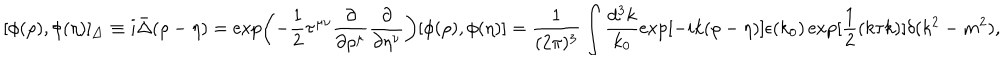
LaTeX: [ \phi ( \rho ) , \phi ( \eta ) ] _ { \bigtriangleup } \equiv i { \bar { \Delta } } ( \rho - \eta ) = \exp \biggl ( - \frac { 1 } { 2 } \tau ^ { \mu \nu } \frac { \partial } { \partial \rho ^ { \mu } } \frac { \partial } { \partial \eta ^ { \nu } } \biggr ) [ \phi ( \rho ) , \phi ( \eta ) ] = \frac { 1 } { ( 2 \pi ) ^ { 3 } } \int \frac { d ^ { 3 } k } { k _ { 0 } } \exp [ - i k ( \rho - \eta ) ] \epsilon ( k _ { 0 } ) \exp [ \frac { 1 } { 2 } ( k \tau k ) ] \delta ( k ^ { 2 } - m ^ { 2 } ) ,